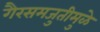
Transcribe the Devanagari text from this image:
गैरसमजुतीमुळे